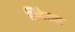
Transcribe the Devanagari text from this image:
निदेशल